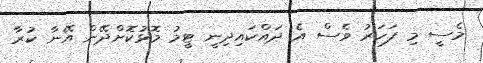
މެސީ މި ފަހަރު ވެސް އެ ދައްކައިދިނީ ޓީމު މޮޅުކޮށްދޭން އޭނާ ކުރާ